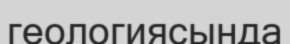
геологиясында